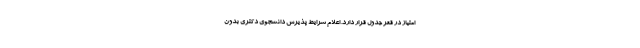
امتیاز در قعر جدول قرار دارد. اعلام شرایط پذیرش دانشجوی دکتری بدون